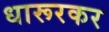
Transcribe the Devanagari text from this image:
धारूरकर